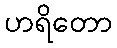
ဟရိတော